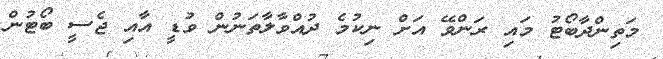
މަތިންދާބޯޓު މައި ރަންވޭ އަށް ނިކުމެ ދުއްވާލާތަނުން ވުޑީ އާއި ޖެސީ ބޯޓުން